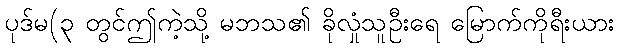
ပုဒ်မ(၃ တွင်ဤကဲ့သို့ မဘသ၏ ခိုလှုံသူဦးရေ မြောက်ကိုရီးယား